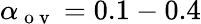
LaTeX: \alpha_{\mathrm{~o~v~}}=0.1-0.4